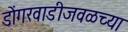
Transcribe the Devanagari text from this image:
डोंगरवाडीजवळच्या